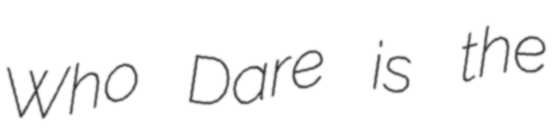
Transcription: Who Dare is the